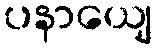
ပနာယျေ